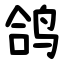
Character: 鸽